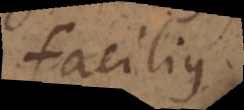
facilius